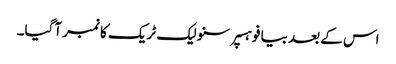
اس کے بعد بیا فو ہسپر سنو لیک ٹریک کا نمبر آگیا۔